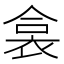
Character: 𧙳